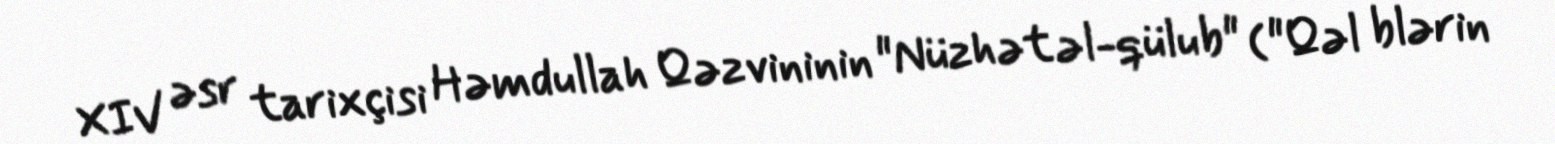
XIV əsr tarixçisi Həmdullah Qəzvininin "Nüzhət əl-qülub" ("Qəl blərin